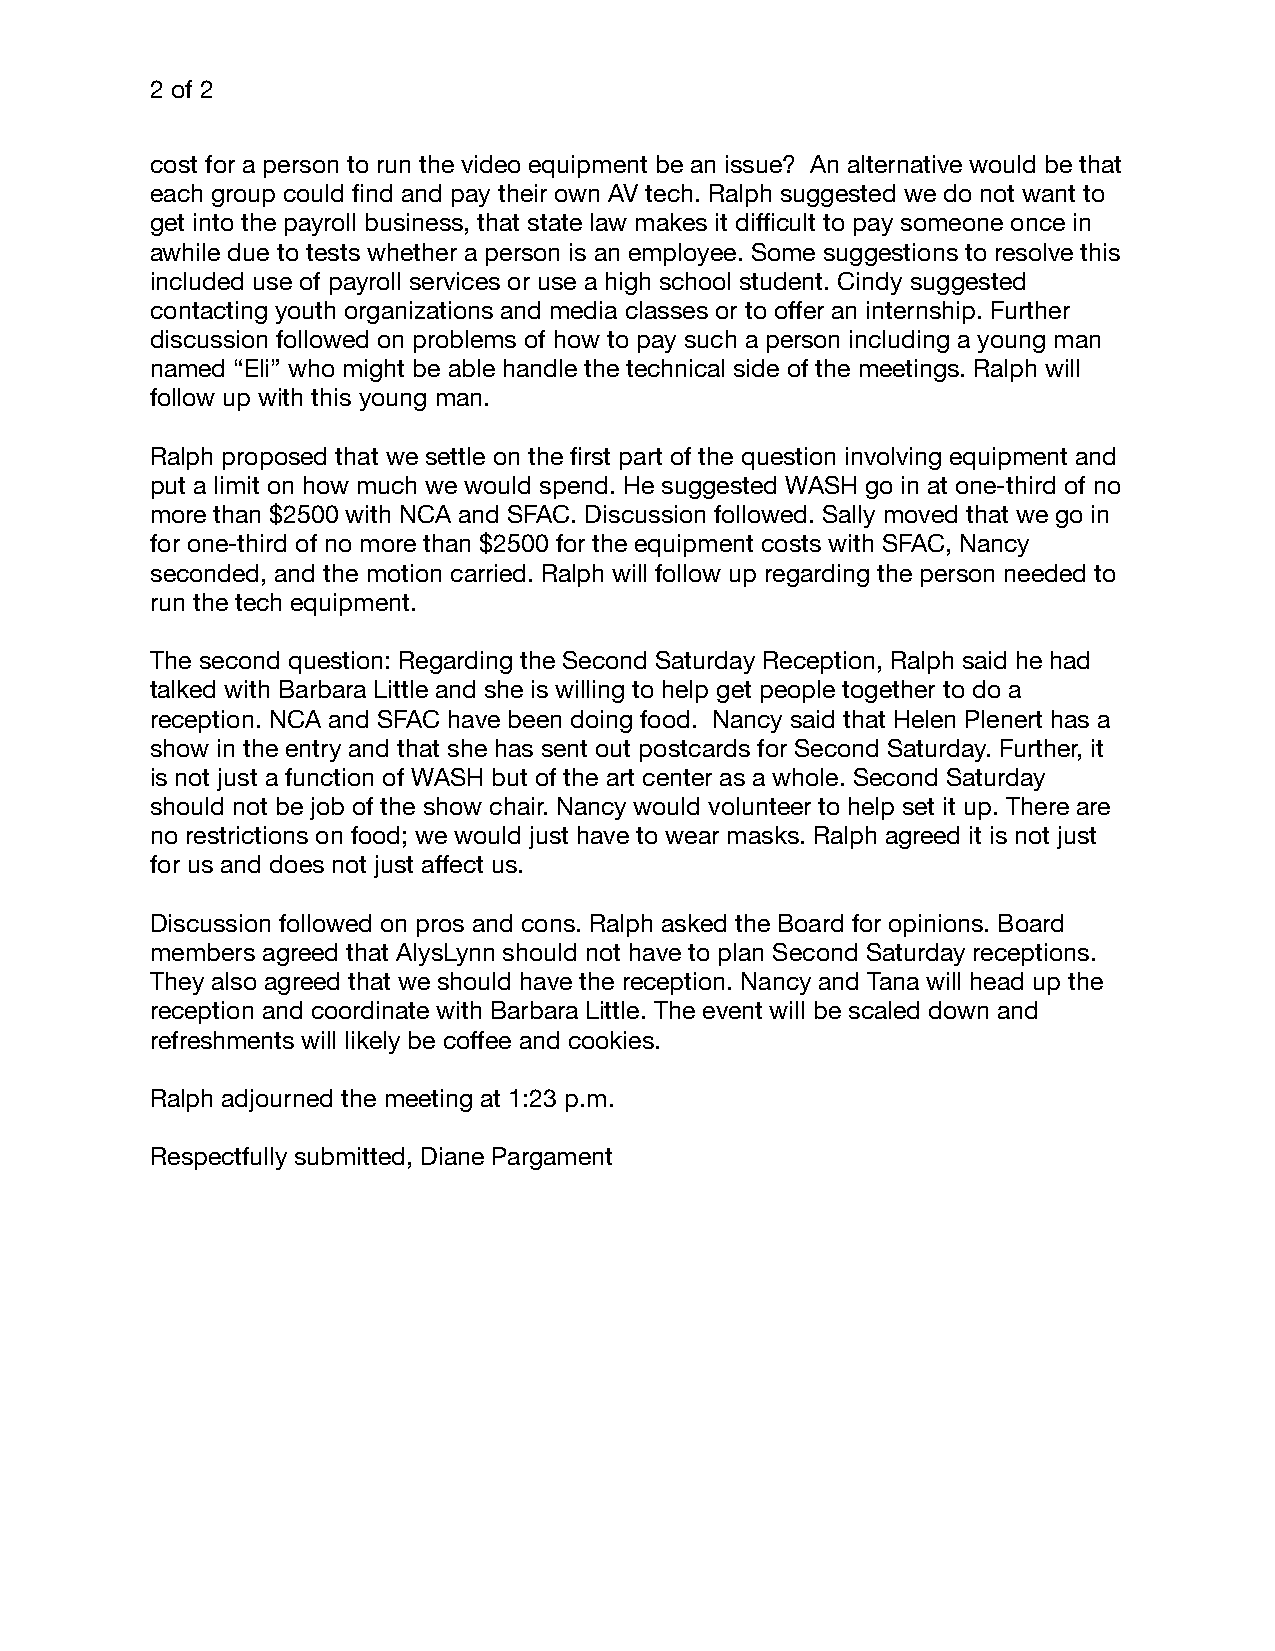
2 of 2
 cost for a person to run the video equipment be an issue? An alternative would be that
 each group could find and pay their own AV tech. Ralph suggested we do not want to
 get into the payroll business, that state law makes it difficult to pay someone once in
 awhile due to tests whether a person is an employee. Some suggestions to resolve this
 included use of payroll services or use a high school student. Cindy suggested
 contacting youth organizations and media classes or to offer an internship. Further
 discussion followed on problems of how to pay such a person including a young man
 named “Eli” who might be able handle the technical side of the meetings. Ralph will
 follow up with this young man.
 Ralph proposed that we settle on the first part of the question involving equipment and
 put a limit on how much we would spend. He suggested WASH go in at one-third of no
 more than $2500 with NCA and SFAC. Discussion followed. Sally moved that we go in
 for one-third of no more than $2500 for the equipment costs with SFAC, Nancy
 seconded, and the motion carried. Ralph will follow up regarding the person needed to
 run the tech equipment.
 The second question: Regarding the Second Saturday Reception, Ralph said he had
 talked with Barbara Little and she is willing to help get people together to do a
 reception. NCA and SFAC have been doing food. Nancy said that Helen Plenert has a
 show in the entry and that she has sent out postcards for Second Saturday. Further, it
 is not just a function of WASH but of the art center as a whole. Second Saturday
 should not be job of the show chair. Nancy would volunteer to help set it up. There are
 no restrictions on food; we would just have to wear masks. Ralph agreed it is not just
 for us and does not just affect us.
 Discussion followed on pros and cons. Ralph asked the Board for opinions. Board
 members agreed that AlysLynn should not have to plan Second Saturday receptions.
 They also agreed that we should have the reception. Nancy and Tana will head up the
 reception and coordinate with Barbara Little. The event will be scaled down and
 refreshments will likely be coffee and cookies.
 Ralph adjourned the meeting at 1:23 p.m.
 Respectfully submitted, Diane Pargament